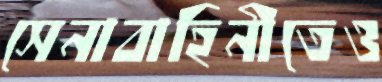
সেনাবাহিনীতেও